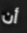
أن